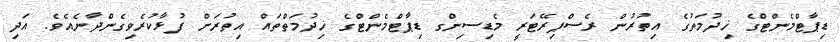
ޑިޕާޓްމެންޓްގެ ޚިދުމަތުގެ އިތުރުން ރެސްޕިރޭޓަރީ މެޑިސިންގ ޑިޕާޓްމެންޓްގެ ޚިދުމަތްތައް އިތުރަށް ފުޅާކުރެވިގެންދާނެއެވެ. އަދި